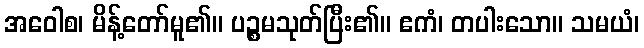
အဝေါစ၊ မိန့်တော်မူ၏။ ပဉ္စမသုတ်ပြီး၏။ ဧကံ၊ တပါးသော။ သမယံ၊